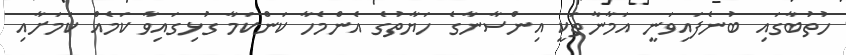
ހުތުބާގައި ބުނެފައިވަނީ އަމާނާތަކީ އިންސާނާގެ ހަޔާތުގެ އެންމެހާ ކަންކަމާ ގުޅިގައިވާ ކަމެއް ކަމަށާއި